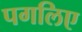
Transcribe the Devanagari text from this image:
पगलिए